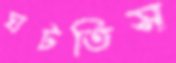
ঘটতিস